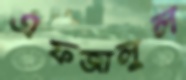
এফজালুল